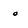
Character: 0